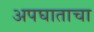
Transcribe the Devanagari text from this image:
अपघाताचा